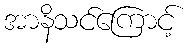
အာနိသင်ကြောင့်